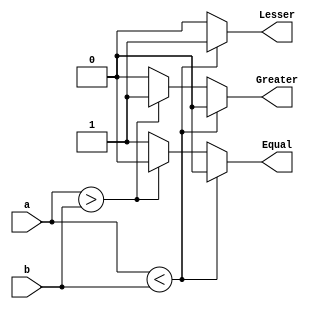
`timescale 1ns / 1ps

module N_bit_comparator(a,b,Lesser,Greater,Equal);
    parameter N=8;
    input [N-1:0]a,b;
    output Lesser,Greater,Equal;
    reg Lesser=0,Greater=0,Equal=0;
    always@(*) begin
        if(a<b)
            begin
                Lesser=1'b1;
                Equal=1'b0;
                Greater=1'b0;
            end
        else if (a>b)
            begin
                Lesser=1'b0;
                Equal=1'b0;    
                Greater=1'b1;
            end
        else
            begin
                Lesser=1'b0;
                Equal=1'b1;
                Greater=1'b0;
            end
    end
endmodule